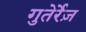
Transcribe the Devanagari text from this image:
गुतेर्रेज़